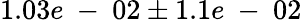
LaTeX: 1.03e\mathrm{~-~}02\pm 1.1e\mathrm{~-~}02